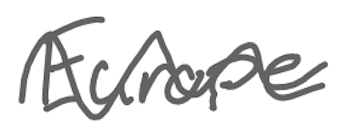
Text: Europe
Cross-out: wave
Writing tool: digital_gray